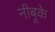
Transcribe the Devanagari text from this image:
नीबूके